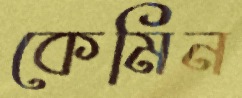
কেমিন